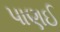
પાણઈ